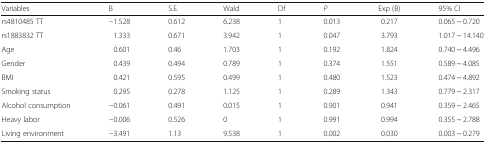
<table><thead><tr><td><b>Variables</b></td><td><b>B</b></td><td><b>S.E.</b></td><td><b>Wald</b></td><td><b>Df</b></td><td><b><i>P</i></b></td><td><b>Exp (B)</b></td><td><b>95% CI</b></td></tr></thead><tbody><tr><td>rs4810485 TT</td><td>−1.528</td><td>0.612</td><td>6.238</td><td>1</td><td>0.013</td><td>0.217</td><td>0.065 ~ 0.720</td></tr><tr><td>rs1883832 TT</td><td>1.333</td><td>0.671</td><td>3.942</td><td>1</td><td>0.047</td><td>3.793</td><td>1.017 ~ 14.140</td></tr><tr><td>Age</td><td>0.601</td><td>0.46</td><td>1.703</td><td>1</td><td>0.192</td><td>1.824</td><td>0.740 ~ 4.496</td></tr><tr><td>Gender</td><td>0.439</td><td>0.494</td><td>0.789</td><td>1</td><td>0.374</td><td>1.551</td><td>0.589 ~ 4.085</td></tr><tr><td>BMI</td><td>0.421</td><td>0.595</td><td>0.499</td><td>1</td><td>0.480</td><td>1.523</td><td>0.474 ~ 4.892</td></tr><tr><td>Smoking status</td><td>0.295</td><td>0.278</td><td>1.125</td><td>1</td><td>0.289</td><td>1.343</td><td>0.779 ~ 2.317</td></tr><tr><td>Alcohol consumption</td><td>−0.061</td><td>0.491</td><td>0.015</td><td>1</td><td>0.901</td><td>0.941</td><td>0.359 ~ 2.465</td></tr><tr><td>Heavy labor</td><td>−0.006</td><td>0.526</td><td>0</td><td>1</td><td>0.991</td><td>0.994</td><td>0.355 ~ 2.788</td></tr><tr><td>Living environment</td><td>−3.491</td><td>1.13</td><td>9.538</td><td>1</td><td>0.002</td><td>0.030</td><td>0.003 ~ 0.279</td></tr></tbody></table>